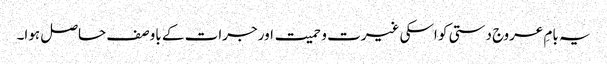
یہ بامِ عروج دستی کو اسکی غیرت و حمیت اور جرات کے باوصف حاصل ہوا۔